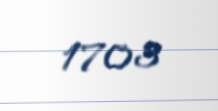
1703